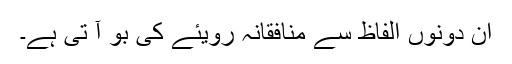
ان دونوں الفاظ سے منافقانہ رویئے کی بو آ تی ہے۔